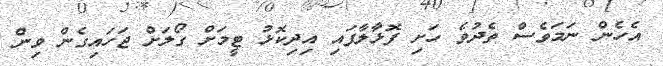
އެހެން ނަމަވެސް ތެދުވެ ހަށި ފޮޅާލާފައި އިދިކޮޅު ޓީމަށް ގޯލަށް ޖަހައިގެން ވިން